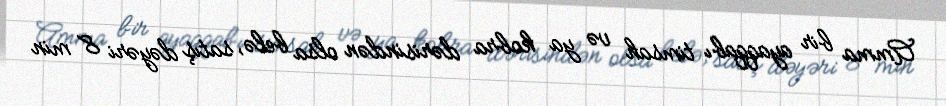
Amma bir ayaqqabı timsah və ya kobra dərisindən olsa belə, satış dəyəri 8 min